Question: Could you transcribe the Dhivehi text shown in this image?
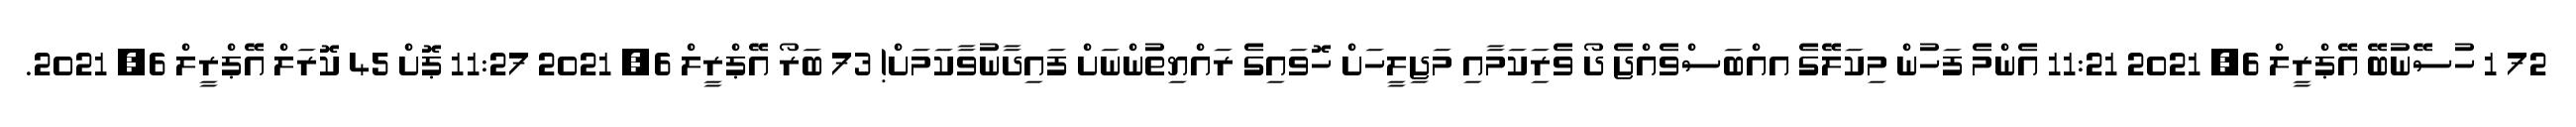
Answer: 72 1 ހުސޭނުބޭ އޭޕްރީލް 6, 2021 11:21 އެންމެ ފަހުން މިކަލޭގެ އއްބަސްވެއްޖެ ދޯ ވެރިަކަމާއި މަޖިލީހަށް ހޮވައިގެ ރައްޔިތުންނަށް ފައިދާނުވާކަމަށް! 73 ބަރޯ އޭޕްރީލް 6, 2021 11:27 ޕޮށް 45 ކޮރަލް އޭޕްރީލް 6, 2021.